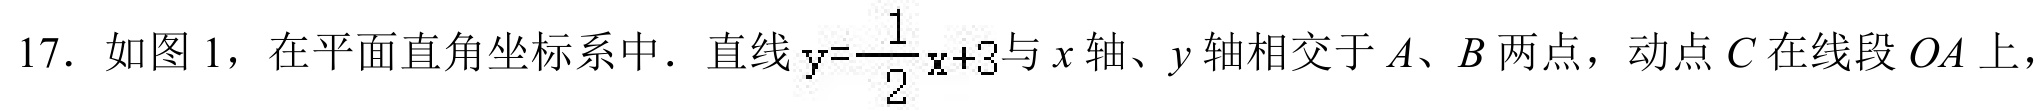
17. 如图 1，在平面直角坐标系中．直线\(y = \dfrac{1}{2}x + 3\)与\(x\)轴、\(y\)轴相交于\(A\)、\(B\)两点，动点\(C\)在线段\(OA\)上，